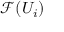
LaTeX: { \mathcal { F } } ( U _ { i } )